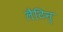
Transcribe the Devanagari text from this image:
लैटिन्